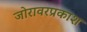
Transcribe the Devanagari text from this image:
जोरावरप्रकाश